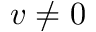
v \neq 0